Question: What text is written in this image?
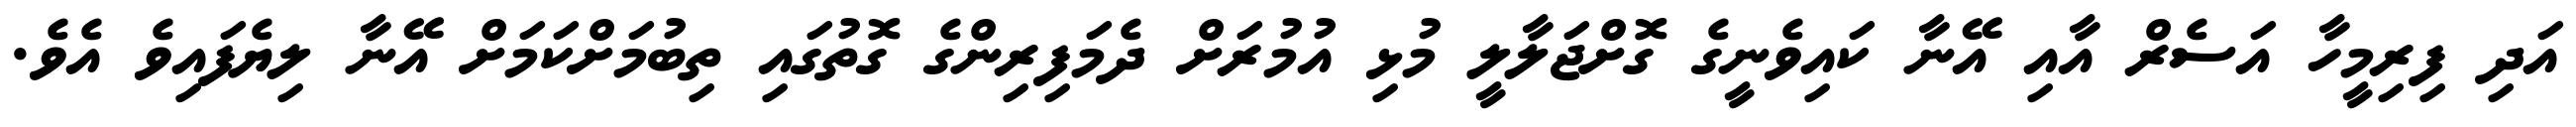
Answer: އަދި ފިރިމީހާ އަސެރް އާއި އޭނާ ކައިވެނީގެ ގޮށްޖަލާލީ މުޅި އުމުރަށް ދެމަފިރިންގެ ގޮތުގައި ތިބުމަށްކަމަށް އޭނާ ލިޔެފައިވެ އެވެ.